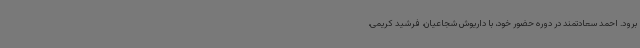
برود. احمد سعادتمند در دوره حضور خود، با داریوش شجاعیان، فرشید کریمی،